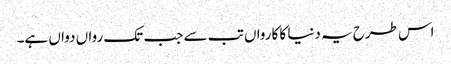
اس طرح یہ دنیا کا کارواں تب سے جب تک رواں دواں ہے۔